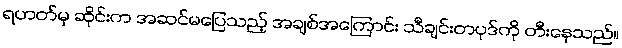
ရဟတ်မှ ဆိုင်းက အဆင်မပြေသည့် အချစ်အကြောင်း သီချင်းတပုဒ်ကို တီးနေသည်။